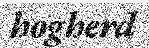
hogherd